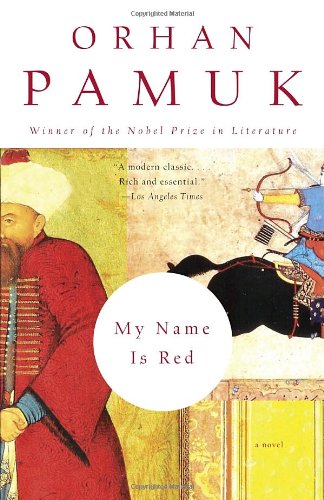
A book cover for My Name Is Red; Orhan Pamuk; Mystery, Thriller & Suspense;